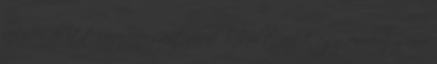
lesz, csak itt cippzár-fogantyúnak készült, ezért egy rövidebb zsinór